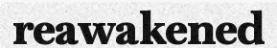
reawakened